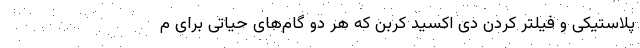
پلاستیکی و فیلتر کردن دی اکسید کربن که هر دو گام‌های حیاتی برای م